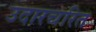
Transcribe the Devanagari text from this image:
उदारचरित